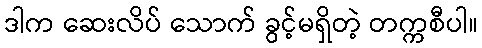
ဒါက ဆေးလိပ် သောက် ခွင့်မရှိတဲ့ တက္ကစီပါ။